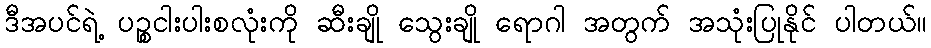
ဒီအပင်ရဲ့ ပဉ္စငါးပါးစလုံးကို ဆီးချို သွေးချို ရောဂါ အတွက် အသုံးပြုနိုင် ပါတယ်။